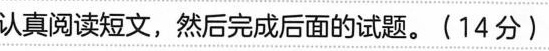
认真试文，然后完成面的试题。(14分)